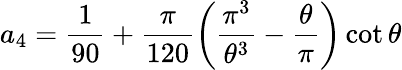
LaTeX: a_{4}=\frac{1}{90}+\frac{\pi}{120}\left(\frac{\pi^{3}}{\theta^{3}}-\frac{\theta}{\pi}\right)\cot\theta